画像に写った文字を読んでください
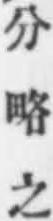
「分略之」と書いてあります